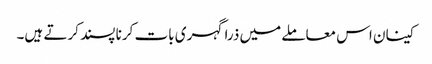
کینان اس معاملے میں ذرا گہری بات کرنا پسند کرتے ہیں۔